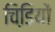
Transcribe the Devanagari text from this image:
चिडि़यों